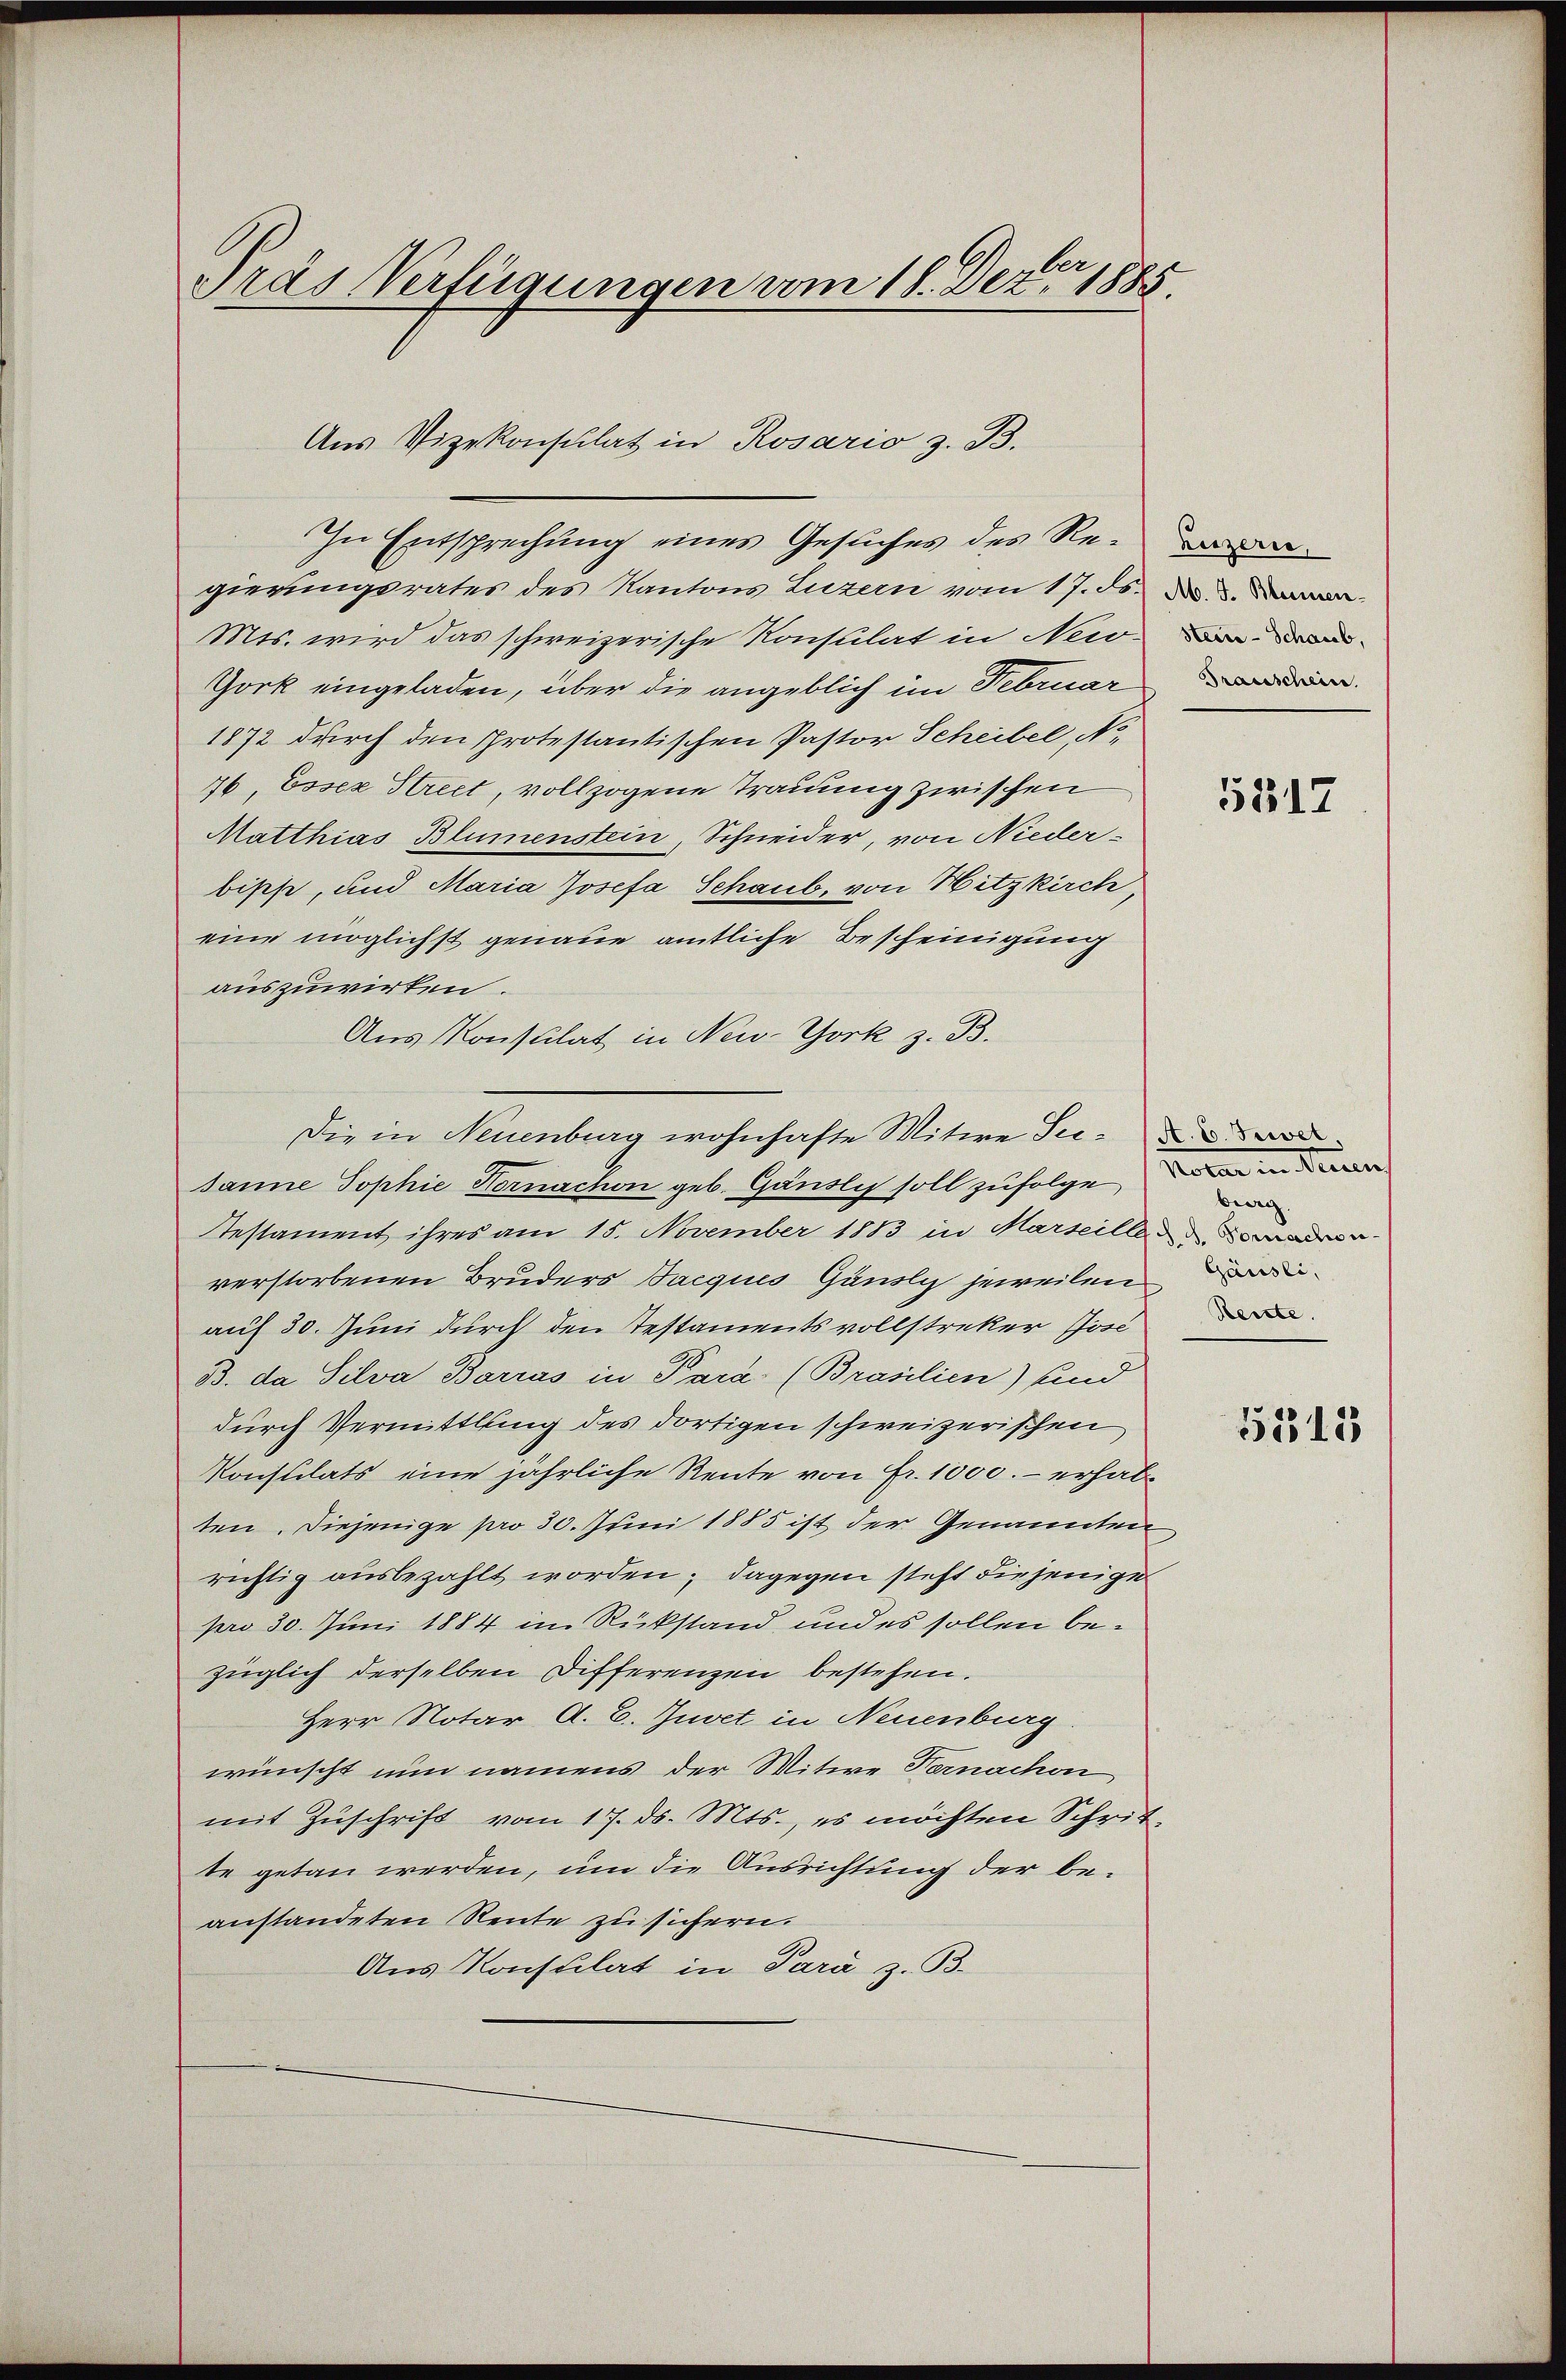
Gras Verfügungen vom 18. Dez. 1885.

Aus Vizekonsulat in Rosario z. B.
In Entsprechung eines Gesuches des Regierungsrates des Kantons Luzern vom 17. ds.  .
Mts. wird das schweizerische Konsulat in New-
Gork eingeladen, über die angeblich im Februar
1872 durch den Protestantischen Pastor Scheibel, No
76, Essen Street, vollzogene Trauung zwischen
Matthias Blumenstein, Schneider, von Nieder-
bische, und Maria Josefa Schaub, von Hitzkirch,
eine möglichst genaue amtliche Bescheinigung
auszuwirken.
Aus Konsulat in New-York z. B.
Die in Neuenburg wohnhafte Witwe Ju
sanne Sophie Hornachon geb. Gänslis soll zufolgen ein
Testament ihres am 15. November 1883 in Marseillen
verstorbenen Bruders Bacques Gänsly jeweilen
auf 30. Juni durch den Testamentsvollstreker Jon
B. da Silva Barras in Para- (Brasilien) und
durch Vermittlung des dortigen schweizerischen
Konstilats eine jährliche Rente von Fr. 1000.- erhältten. Diejenige pro 30. Juni 1885 ist der Genannten
richtig ausbezahlt worden; dagegen steht diejenige
pro 30. Juni 1884 im Rükstand und es sollen bezüglich derselben Differenzen bestehen.
Herr Notar A. E. Juvet in Neuenburg.
wünscht nun namens der Witwe Nernachen
mit Zuschrift vom 17. ds. Mts., es möchten Schritte getan werden, um die Ausrichtung der beanstandeten Reute zu sichern.
Aus Konsulat in Para z. B.

Reizeris,

5317

berg.

5318